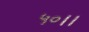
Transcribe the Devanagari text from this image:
५०।।